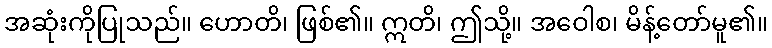
အဆုံးကိုပြုသည်။ ဟောတိ၊ ဖြစ်၏။ ဣတိ၊ ဤသို့။ အဝေါစ၊ မိန့်တော်မူ၏။